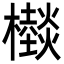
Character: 㰊